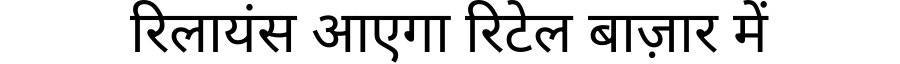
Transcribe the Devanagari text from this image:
रिलायंस आएगा रिटेल बाज़ार में